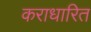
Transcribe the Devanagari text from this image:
कराधारित